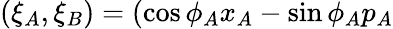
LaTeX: (\xi_{A},\xi_{B})=(\cos\phi_{A}x_{A}-\sin\phi_{A}p_{A}